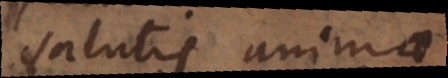
salutis anima